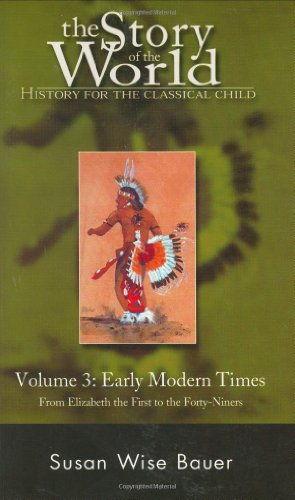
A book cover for The Story of the World: History for the Classical Child, Volume 3: Early Modern Times; Susan Wise Bauer; Education & Teaching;